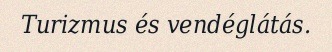
Turizmus és vendéglátás.